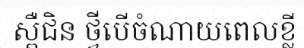
ស្ពឺជិន ថ្វីបើចំណាយពេលខ្លី